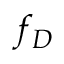
f _ { D }